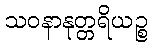
သဝနာနုတ္တရိယဉ္စ